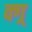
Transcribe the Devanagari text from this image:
क्ग्र्